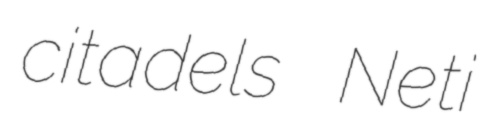
citadels Neti